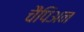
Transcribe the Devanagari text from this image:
चैंपिअन